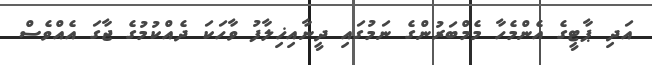
އަދި ޕާޓީގެ އެންމެހާ މެމްބަރުންގެ ނަމުގައި ދީނާއިޚިލާފު ވާހަކަ ދެއްކުމުގެ ޖާގަ އެއްވެސް